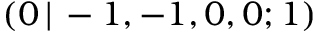
( 0 \, | \, - 1 , - 1 , 0 , 0 ; 1 )